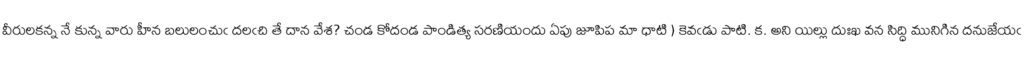
వీరులకన్న నే కున్న వారు హీన బలులంచుఁ దలఁచి తే దాన వేశ? చండ కోదండ పాండిత్య సరణియందు ఏపు జూపిప మా ధాటి ) కెవఁడు పాటి. క. అని యిల్లు దుఃఖ వన సిద్ధి మునిగిన దనుజేయఁ